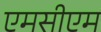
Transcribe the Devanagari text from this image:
एमसीएम